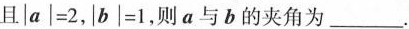
且$$| a | = 2$$，$$| b | = 1$$，则a与b的夹角为___.